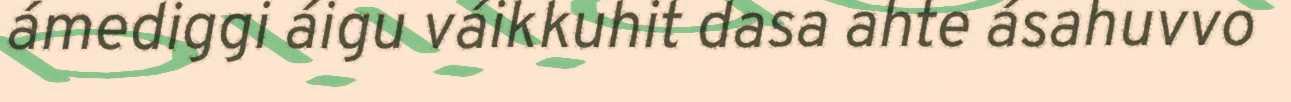
ámediggi áigu váikkuhit dasa ahte ásahuvvo